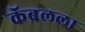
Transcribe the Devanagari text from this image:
कॅब्रलला